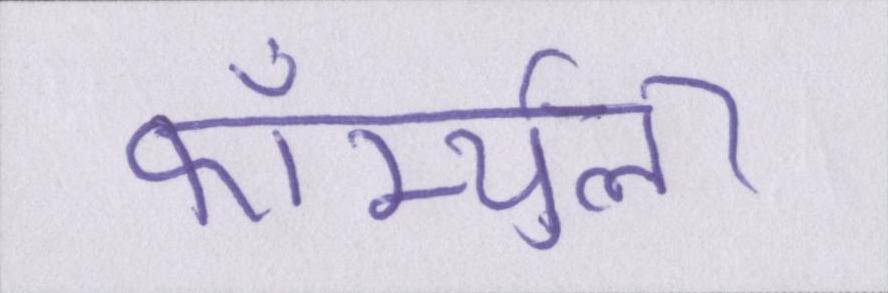
फॉर्म्युला